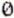
0